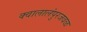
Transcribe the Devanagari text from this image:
क्वालालंपुरजवळ